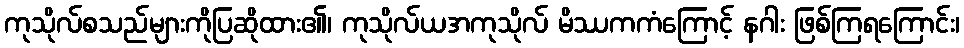
ကုသိုလ်စသည်များကိုပြဆိုထား၏၊ ကုသိုလ်ယအကုသိုလ် မိဿကကံကြောင့် နဂါး ဖြစ်ကြရကြောင်း၊